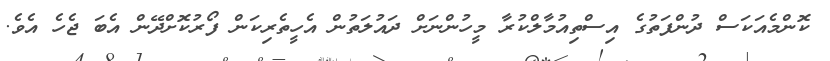
ކޮންމެއަކަސް ދުންފަތުގެ އިސްތިއުމާލްކުރާ މީހުންނަށް ދައުލަތުން އެހީތެރިކަން ފޯރުކޮށްދޭން އެބަ ޖެހެ އެވެ.